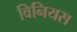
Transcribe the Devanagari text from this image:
विनियस